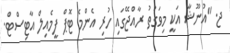
ޖ. "އުނޫޝާ އަކީ މިވަގުތު ރާއްޖޭގައި ހުރި އެންމެ ޓޮޕް ފީމެއިލް އާޓިސްޓް.